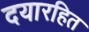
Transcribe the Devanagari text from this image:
दयारहित